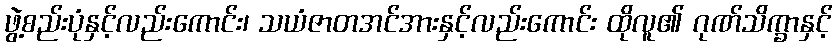
ဖွဲ့စည်းပုံနှင့်လည်းကောင်း၊ သယံဇာတအင်အားနှင့်လည်းကောင်း ထိုလူ၏ ဂုဏ်သိက္ခာနှင့်